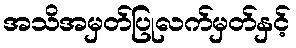
အသိအမှတ်ပြုလက်မှတ်နှင့်